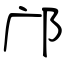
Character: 邝